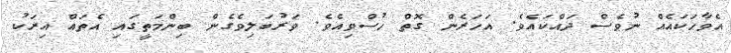
އެވާހަކައެއް ނުވެސް ދައްކައެވެ. އަހަރެން ގޮތް ހުސްވިއެވެ. ވަރުބަލިވެގެން ބިންމަތީގައި އެތައް އިރަކު